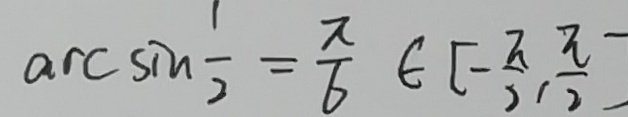
\arcsin \frac { 1 } { 2 } = \frac { \pi } { 6 } \in [ - \frac { \pi } { 2 } , \frac { \pi } { 2 } ]